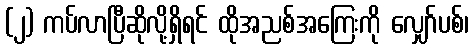
(၂) ကပ်လာပြီဆိုလို့ရှိရင် ထိုအညစ်အကြေးကို လျှော်ပစ်၊